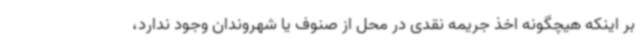
بر اینکه هیچگونه اخذ جریمه نقدی در محل از صنوف یا شهروندان وجود ندارد،